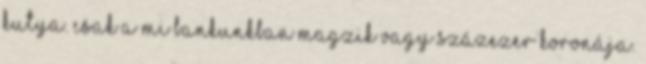
kutya. Csak a mi bankunkban magzik vagy százezer koronája.